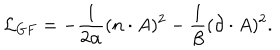
\mathcal { L } _ { G F } = - \frac { 1 } { 2 \alpha } ( n \cdot A ) ^ { 2 } - \frac { 1 } { \beta } ( \partial \cdot A ) ^ { 2 } .